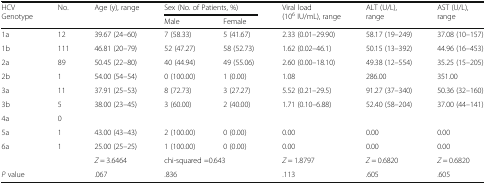
<table><thead><tr><td rowspan="2"><b>HCV Genotype</b></td><td rowspan="2"><b>No.</b></td><td rowspan="2"><b>Age (y), range</b></td><td colspan="2"><b>Sex (No. of Patients, %)</b></td><td rowspan="2"><b>Viral load (10<sup>6</sup> IU/mL), range</b></td><td rowspan="2"><b>ALT (U/L), range</b></td><td rowspan="2"><b>AST (U/L), range</b></td></tr><tr><td><b>Male</b></td><td><b>Female</b></td></tr></thead><tbody><tr><td>1a</td><td>12</td><td>39.67 (24–60)</td><td>7 (58.33)</td><td>5 (41.67)</td><td>2.33 (0.01–29.90)</td><td>58.17 (19–249)</td><td>37.08 (10–157)</td></tr><tr><td>1b</td><td>111</td><td>46.81 (20–79)</td><td>52 (47.27)</td><td>58 (52.73)</td><td>1.62 (0.02–46.1)</td><td>50.15 (13–392)</td><td>44.96 (16–453)</td></tr><tr><td>2a</td><td>89</td><td>50.45 (22–80)</td><td>40 (44.94)</td><td>49 (55.06)</td><td>2.60 (0.00–18.10)</td><td>49.38 (12–554)</td><td>35.25 (15–205)</td></tr><tr><td>2b</td><td>1</td><td>54.00 (54–54)</td><td>0 (100.00)</td><td>1 (0.00)</td><td>1.08</td><td>286.00</td><td>351.00</td></tr><tr><td>3a</td><td>11</td><td>37.91 (25–53)</td><td>8 (72.73)</td><td>3 (27.27)</td><td>5.52 (0.21–29.5)</td><td>91.27 (37–340)</td><td>50.36 (32–160)</td></tr><tr><td>3b</td><td>5</td><td>38.00 (23–45)</td><td>3 (60.00)</td><td>2 (40.00)</td><td>1.71 (0.10–6.88)</td><td>52.40 (58–204)</td><td>37.00 (44–141)</td></tr><tr><td>4a</td><td>0</td><td></td><td></td><td></td><td></td><td></td><td></td></tr><tr><td>5a</td><td>1</td><td>43.00 (43–43)</td><td>2 (100.00)</td><td>0 (0.00)</td><td>0.00</td><td>0.00</td><td>0.00</td></tr><tr><td>6a</td><td>1</td><td>25.00 (25–25)</td><td>1 (100.00)</td><td>0 (0.00)</td><td>0.00</td><td>0.00</td><td>0.00</td></tr><tr><td></td><td></td><td><i>Z</i> = 3.6464</td><td colspan="2">chi-squared =0.643</td><td><i>Z</i> = 1.8797</td><td><i>Z</i> = 0.6820</td><td><i>Z</i> = 0.6820</td></tr><tr><td><i>P</i> value</td><td></td><td>.067</td><td colspan="2">.836</td><td>.113</td><td>.605</td><td>.605</td></tr></tbody></table>